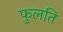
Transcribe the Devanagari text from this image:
फुलति